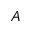
A